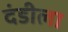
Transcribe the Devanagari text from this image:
दंडीला